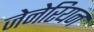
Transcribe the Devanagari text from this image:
जेनेरियन